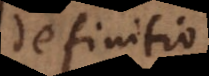
definitio.